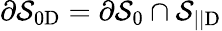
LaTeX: \partial\mathcal{S}_{0\mathrm{D}}=\partial\mathcal{S}_{0}\cap\mathcal{S}_{||\mathrm{D}}